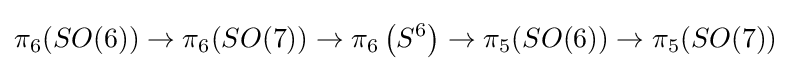
\pi _{6}(SO(6))\to \pi _{6}(SO(7))\to \pi _{6}\left(S^{6}\right)\to \pi _{5}(SO(6))\to \pi _{5}(SO(7))